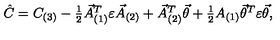
\hat { C } = C _ { ( 3 ) } - \textstyle { \frac { 1 } { 2 } } \vec { A } _ { ( 1 ) } ^ { T } \varepsilon \vec { A } _ { ( 2 ) } + \vec { A } _ { ( 2 ) } ^ { T } \vec { \theta } + \textstyle { \frac { 1 } { 2 } } A _ { ( 1 ) } \vec { \theta } ^ { T } \varepsilon \vec { \theta } ,